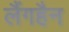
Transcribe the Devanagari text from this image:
लैंगहैन